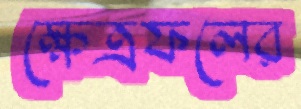
ক্ষেত্রফলের